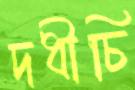
দধীচি